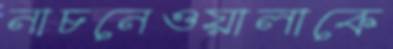
নাচনেওয়ালাকে